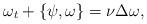
LaTeX: \begin{align*}\omega_t + \{\psi, \omega\} =\nu \Delta \omega,\end{align*}